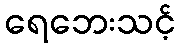
ရေဘေးသင့်